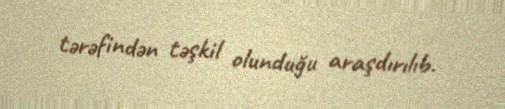
tərəfindən təşkil olunduğu araşdırılıb.